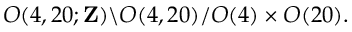
O ( 4 , 2 0 ; { \bf Z } ) \backslash O ( 4 , 2 0 ) / O ( 4 ) \times O ( 2 0 ) .